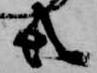
共